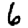
Digit: 6